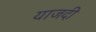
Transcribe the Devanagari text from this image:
याजदी